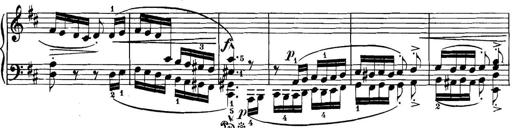
Title: 3 Sonatinas
Composer: Carl Reinecke